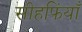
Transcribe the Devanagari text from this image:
सीहफिंयाँ